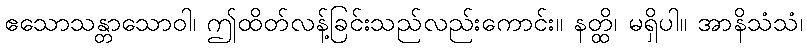
ဧသောသန္တာသောဝါ၊ ဤထိတ်လန့်ခြင်းသည်လည်းကောင်း။ နတ္ထိ၊ မရှိပါ။ အာနိသံသံ၊